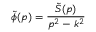
\tilde { \phi } ( p ) = { \frac { \tilde { S } ( p ) } { p ^ { 2 } - k ^ { 2 } } }